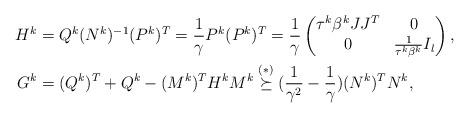
LaTeX: \begin{align*}\begin{aligned}H^k&=Q^k(N^k)^{-1}(P^k)^T=\frac{1}{\gamma}P^k(P^k)^T=\frac{1}{\gamma}\begin{pmatrix}\tau^k\beta^kJJ^T&0\\0&\frac{1}{\tau^k\beta^k}I_l\end{pmatrix},\\G^k&=(Q^k)^T+Q^k-(M^k)^TH^kM^k\overset{(\ast)}{\succeq} (\frac{1}{\gamma^2}-\frac{1}{\gamma})(N^k)^TN^k,\end{aligned}\end{align*}